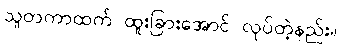
သူတကာထက် ထူးခြားအောင် လုပ်တဲ့နည်း။